Document type: Grant
Year: 1403
Scribe: Berenguer Pedrosell
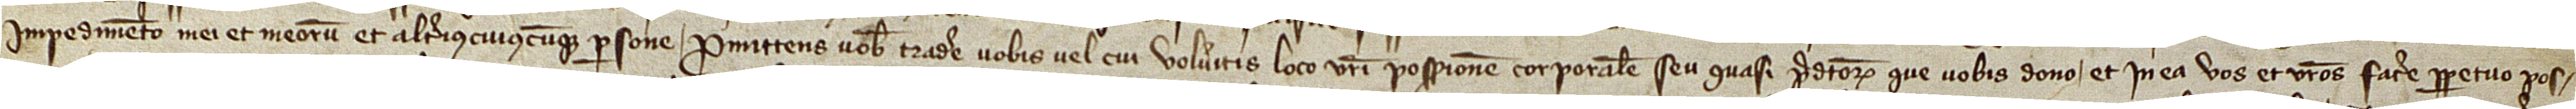
impedimento mei et meorum et alterius cuiuscumque persone. Promittens vobis tradere vobis vel cui volueritis loco vestri possessionem corporalem seu quasi predictorum que vobis dono, et in ea vos et vestros facere perpetuo pos-